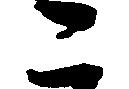
こ